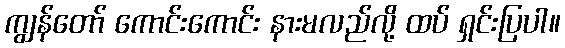
ကျွန်တော် ကောင်းကောင်း နားမလည်လို့ ထပ် ရှင်းပြပါ။